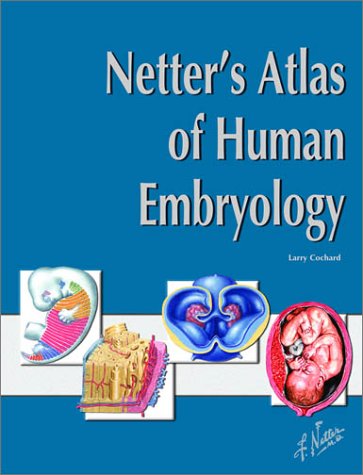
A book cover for Netter's Atlas of Human Embryology, 1e (Netter Basic Science); Larry R. Cochard PhD; Medical Books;